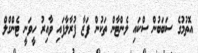
އޮތުމުގެ ސަބަބުން ސްކައި ލެންޓާން ތަކުން ފަޒާ ފުރާލާފައި ވާއިރު ހީވަނީ ޓެންގްލް